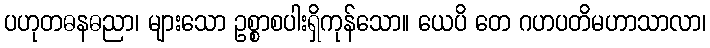
ပဟုတဓနဓညာ၊ များသော ဥစ္စာစပါးရှိကုန်သော။ ယေပိ တေ ဂဟပတိမဟာသာလာ၊